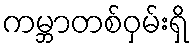
ကမ္ဘာတစ်ဝှမ်းရှိ